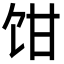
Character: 𩠁